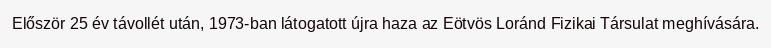
Először 25 év távollét után, 1973-ban látogatott újra haza az Eötvös Loránd Fizikai Társulat meghívására.